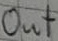
Text: out